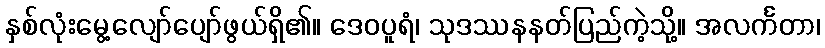
နှစ်လုံးမွေ့လျော်ပျော်ဖွယ်ရှိ၏။ ဒေဝပူရံ၊ သုဒဿနနတ်ပြည်ကဲ့သို့။ အလင်္ကတာ၊